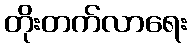
တိုးတက်လာရေး